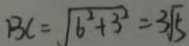
B C = \sqrt { b ^ { 2 } + 3 ^ { 2 } } = 3 \sqrt { 5 }